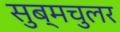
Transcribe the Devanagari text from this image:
सुब्मचुलर